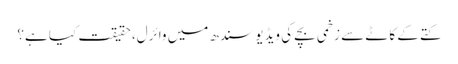
کتے کے کاٹے سے زخمی بچے کی ویڈیو سندھ میں وائرل، حقیقت کیا ہے؟